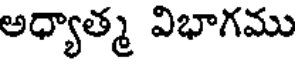
అధ్యాత్మ విభాగము